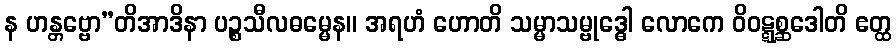
န ဟန္တဗ္ဗော”တိအာဒိနာ ပဉ္စသီလဓမ္မေန။ အရဟံ ဟောတိ သမ္မာသမ္ဗုဒ္ဓေါ လောကေ ဝိဝဋ္ဋစ္ဆဒေါတိ ဧတ္ထ